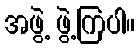
အဖွဲ့ ဖွဲ့ကြပါ။